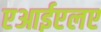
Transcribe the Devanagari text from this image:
एआईएलए